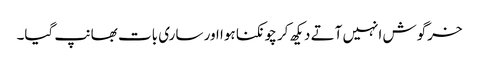
خرگوش انہیں آتے دیکھ کر چونکنا ہوا اور ساری بات بھانپ گیا۔